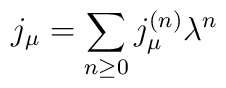
j_{\mu}=\sum_{n\ge 0}j_{\mu}^{(n)}\lambda^n